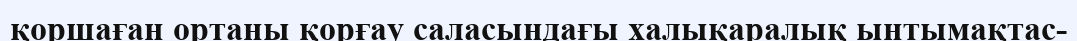
қоршаған ортаны қорғау саласындағы халықаралық ынтымақтас-